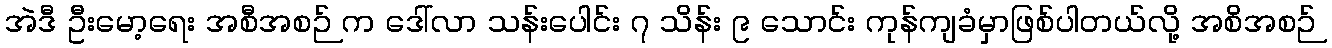
အဲဒီ ဦးမော့ရေး အစီအစဉ် က ဒေါ်လာ သန်းပေါင်း ၇ သိန်း ၉ သောင်း ကုန်ကျခံမှာဖြစ်ပါတယ်လို့ အစိအစဉ်